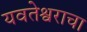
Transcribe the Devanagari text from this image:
यवतेश्वराचा